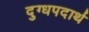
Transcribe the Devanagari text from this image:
दुग्धपदार्थ